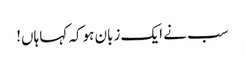
سب نے ایک زبان ہوکہ کہا ہاں!